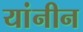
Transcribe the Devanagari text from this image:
यांनीन